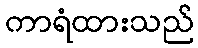
ကာရံထားသည်